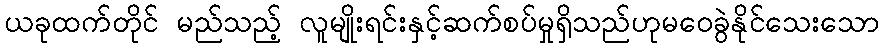
ယခုထက်တိုင် မည်သည့် လူမျိုးရင်းနှင့်ဆက်စပ်မှုရှိသည်ဟုမဝေခွဲနိုင်သေးသော